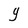
Character: y